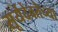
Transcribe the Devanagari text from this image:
सूर्यदेवतेच्या